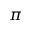
\pi